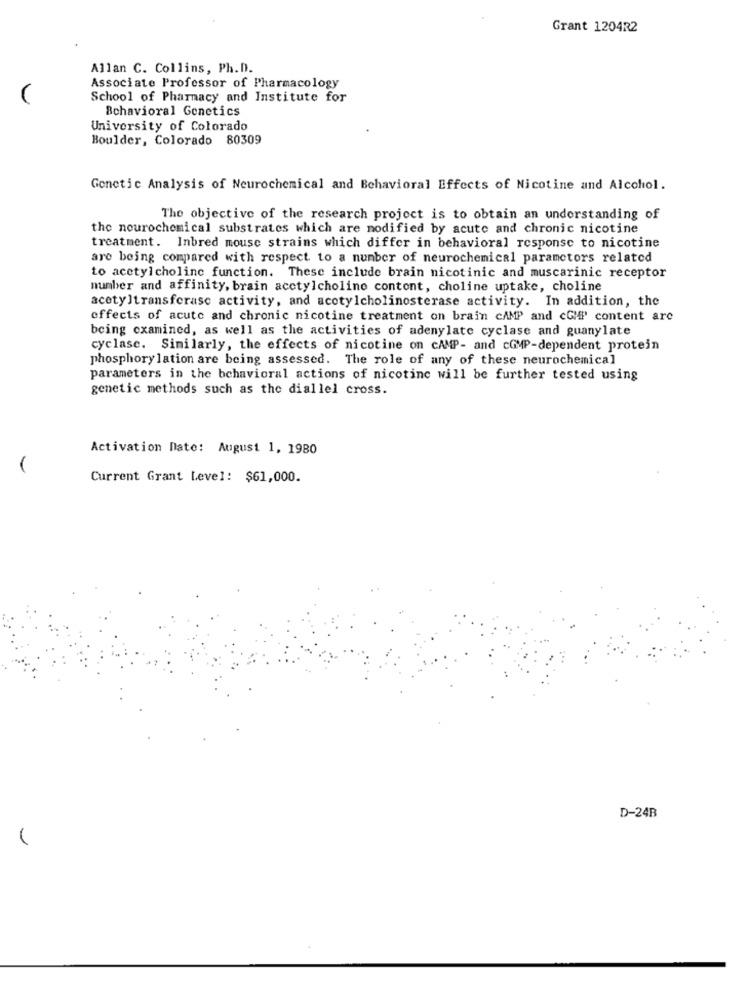
Grant 1204R2
Allan C. Collins, Ph.D.
Associate Professor of Pharmacology
School of Pharmacy and Institute for
Behavioral Genetics
University of Colorado
Boulder, Colorado 80309
Genetic Analysis of Neurochemical and Behavioral Effects of Nicotine and Alcohol.
The objective of the research project is to obtain an understanding of
the neurochemical substrates which are modified by acute and chronic nicotine
treatment. Inbred mouse strains which differ in behavioral response to nicotine
are being compared with respect to a number of neurochemical paramctors related
to acetyl choline function. These include brain nicotinic and muscarinic receptor
number and affinity, brain acetylcholine content, choline uptake, choline
acetyltransferase activity, and acetylcholinesterase activity. In addition, the
effects of acute and chronic nicotine treatment on brain cAMP and cGMP" content are
being examined, as well as the activities of adenylate cyclase and guanylate
cyclase. Similarly, the effects of nicotine on cAMP- and coMP-dependent protein
phosphory lation are being assessed. The role of any of these neurochemical
parameters in the behavioral actions of nicotine will be further tested using
genetic methods such as the diallel cross.
Activation Date: August 1, 1980
Current Grant Level: $61,000.
D-24B